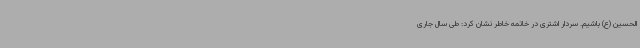
الحسین (ع) باشیم. سردار اشتری در خاتمه خاطر نشان کرد: طی سال جاری